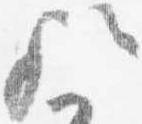
歟